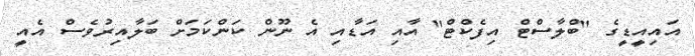
އައިއީޑީގެ "ބްލާސްޓް އިފެކްޓް" އާއި އަޑާއި އެ ނޫން ކަންކަމަށް ބަލާއިރުވެސް އެއީ